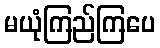
မယုံကြည်ကြပေ